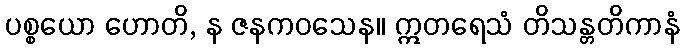
ပစ္စယော ဟောတိ, န ဇနကဝသေန။ ဣတရေသံ တိသန္တတိကာနံ